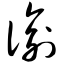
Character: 谕